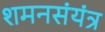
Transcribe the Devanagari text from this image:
शमनसंयंत्र